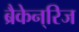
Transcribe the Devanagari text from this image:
ब्रैकेन्‌रिज